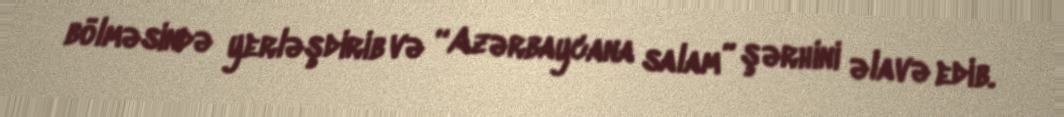
bölməsində yerləşdirib və “Azərbaycana salam” şərhini əlavə edib.